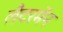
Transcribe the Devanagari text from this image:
लैटरमेंन